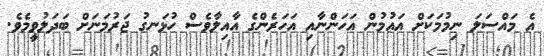
އެ މައްސަލަ ނިމުމަކަށް އައުމުން އަހަންނާއި އަހަރެންގެ އާއިލާވެސް ހުޅަނގު ޖަރުމަނަށް ބަދަލުވީމެވެ.